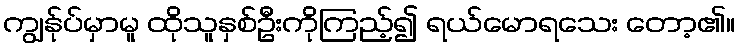
ကျွန်ုပ်မှာမူ ထိုသူနှစ်ဦးကိုကြည့်၍ ရယ်မောရသေး တော့၏။